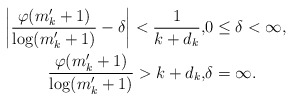
\begin{align*}\left| \frac{\varphi(m'_k+1)}{\log (m'_k+1)} - \delta \right| < \frac 1{k+d_k}, & 0 \le \delta < \infty,\\\frac{\varphi(m'_k+1)}{\log (m'_k+1)} > k+d_k, & \delta = \infty.\end{align*}